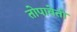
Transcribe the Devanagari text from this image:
तोपावेतो